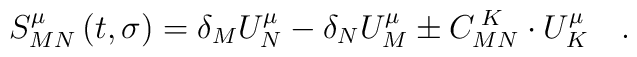
S_{MN}^\mu \left( t,\sigma \right) =\delta _MU_N^\mu -\delta_NU_M^\mu \pm C_{MN}^{\;K}\cdot U_K^\mu \quad .